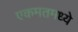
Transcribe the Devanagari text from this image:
एकमतमध्ये